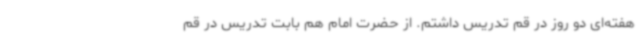
هفته‌ای دو روز در قم تدریس داشتم. از حضرت امام هم بابت تدریس در قم